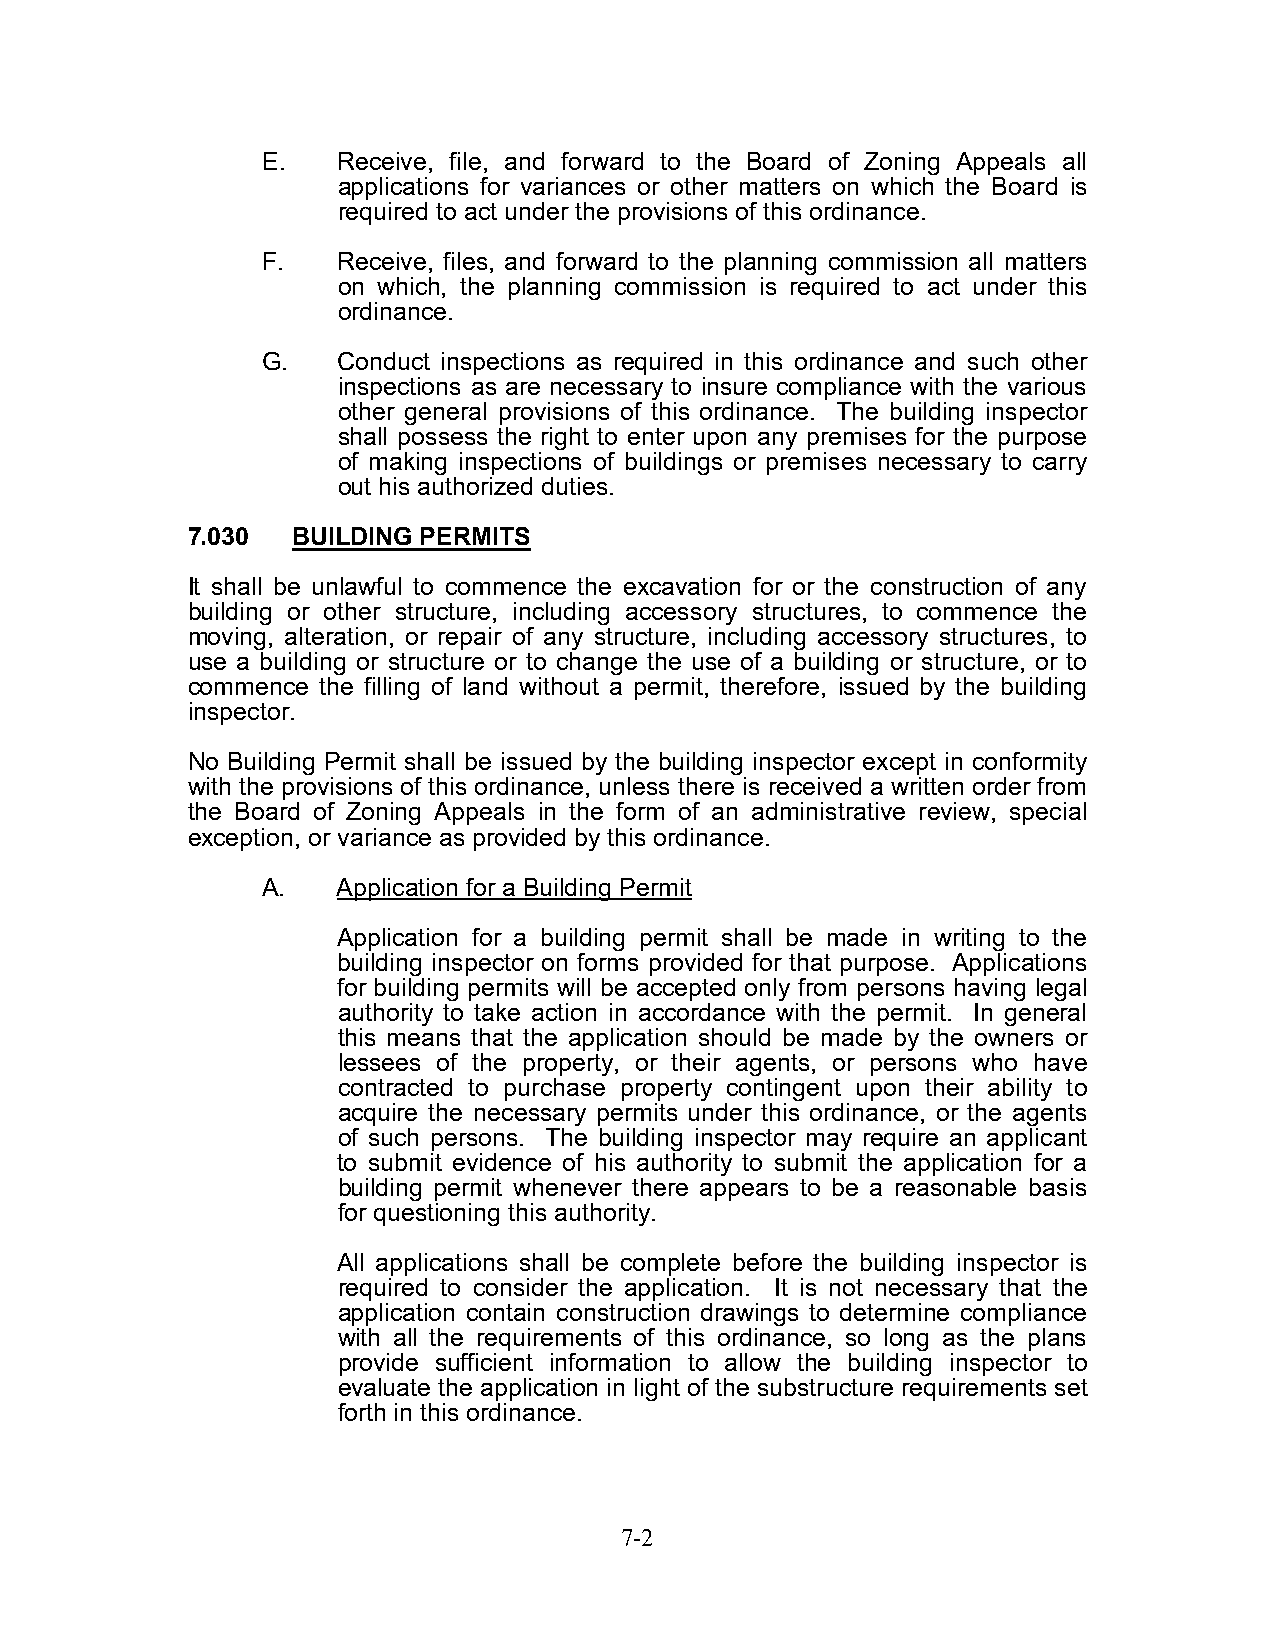
E.   Receive, file, and forward to the Board of Zoning Appeals all
 applications for variances or other matters on which the Board is
 required to act under the provisions of this ordinance.
 F.   Receive, files, and forward to the planning commission all matters
 on which, the planning commission is required to act under this
 ordinance.
 G.   Conduct inspections as required in this ordinance and such other
 inspections as are necessary to insure compliance with the various
 other general provisions of this ordinance. The building inspector
 shall possess the right to enter upon any premises for the purpose
 of making inspections of buildings or premises necessary to carry
 out his authorized duties.
 7.030  BUILDING PERMITS
 It shall be unlawful to commence the excavation for or the construction of any
 building or other structure, including accessory structures, to commence the
 moving, alteration, or repair of any structure, including accessory structures, to
 use a building or structure or to change the use of a building or structure, or to
 commence the filling of land without a permit, therefore, issued by the building
 inspector.
 No Building Permit shall be issued by the building inspector except in conformity
 with the provisions of this ordinance, unless there is received a written order from
 the Board of Zoning Appeals in the form of an administrative review, special
 exception, or variance as provided by this ordinance.
 A.   Application for a Building Permit
 Application for a building permit shall be made in writing to the
 building inspector on forms provided for that purpose. Applications
 for building permits will be accepted only from persons having legal
 authority to take action in accordance with the permit. In general
 this means that the application should be made by the owners or
 lessees of the property, or their agents, or persons who have
 contracted to purchase property contingent upon their ability to
 acquire the necessary permits under this ordinance, or the agents
 of such persons. The building inspector may require an applicant
 to submit evidence of his authority to submit the application for a
 building permit whenever there appears to be a reasonable basis
 for questioning this authority.
 All applications shall be complete before the building inspector is
 required to consider the application. It is not necessary that the
 application contain construction drawings to determine compliance
 with all the requirements of this ordinance, so long as the plans
 provide sufficient information to allow the building inspector to
 evaluate the application in light of the substructure requirements set
 forth in this ordinance.
 7-2